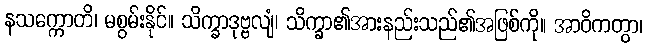
နသက္ကောတိ၊ မစွမ်းနိုင်။ သိက္ခာဒုဗ္ဗလျံ၊ သိက္ခာ၏အားနည်းသည်၏အဖြစ်ကို။ အာဝိကတွာ၊